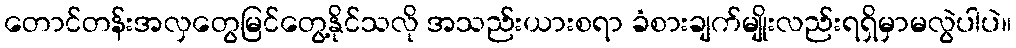
တောင်တန်းအလှတွေမြင်တွေ့နိုင်သလို အသည်းယားစရာ ခံစားချက်မျိုးလည်းရရှိမှာမလွဲပါပဲ။